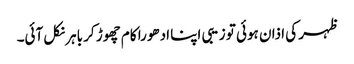
ظہر کی اذان ہوئی تو زیبی اپنا ادھورا کام چھوڑ کر باہر نکل آئی۔